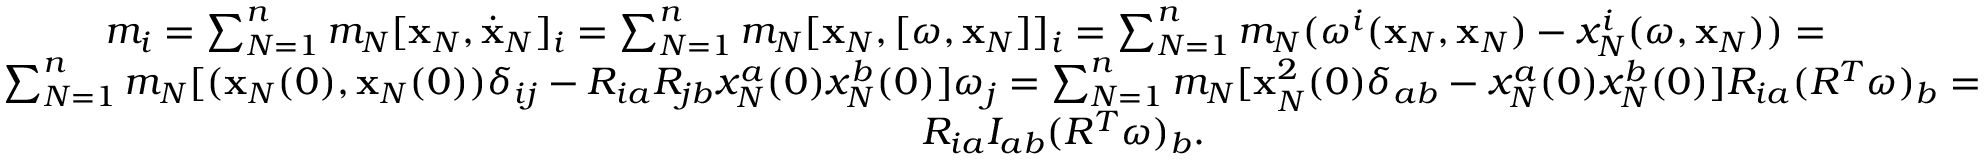
\begin{array} { r } { m _ { i } = \sum _ { N = 1 } ^ { n } m _ { N } [ { \bf x } _ { N } , \dot { \bf x } _ { N } ] _ { i } = \sum _ { N = 1 } ^ { n } m _ { N } [ { \bf x } _ { N } , [ { \boldsymbol \omega } , { \bf x } _ { N } ] ] _ { i } = \sum _ { N = 1 } ^ { n } m _ { N } ( \omega ^ { i } ( { \bf x } _ { N } , { \bf x } _ { N } ) - x _ { N } ^ { i } ( { \boldsymbol \omega } , { \bf x } _ { N } ) ) = \qquad \qquad } \\ { \sum _ { N = 1 } ^ { n } m _ { N } [ ( { \bf x } _ { N } ( 0 ) , { \bf x } _ { N } ( 0 ) ) \delta _ { i j } - R _ { i a } R _ { j b } x _ { N } ^ { a } ( 0 ) x _ { N } ^ { b } ( 0 ) ] \omega _ { j } = \sum _ { N = 1 } ^ { n } m _ { N } [ { \bf x } _ { N } ^ { 2 } ( 0 ) \delta _ { a b } - x _ { N } ^ { a } ( 0 ) x _ { N } ^ { b } ( 0 ) ] R _ { i a } ( R ^ { T } { \boldsymbol \omega } ) _ { b } = } \\ { R _ { i a } I _ { a b } ( R ^ { T } { \boldsymbol \omega } ) _ { b } . \qquad \qquad \qquad \qquad \qquad \qquad \qquad \qquad \qquad \qquad } \end{array}